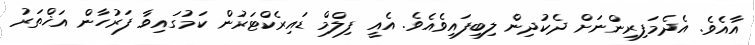
އާއެވެ. އެދެމަފިރިންނަށް ދެކުދިން ލިބިފައިވެއެވެ. އެއީ ފިލްމް ޑައިރެކްޓަރުން ކަމުގައިވާ ފަރުހާން އަޚްތަރު